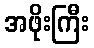
အဖိုးကြီး